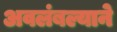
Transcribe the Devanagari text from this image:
अवलंबल्याने